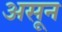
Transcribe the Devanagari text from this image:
असून